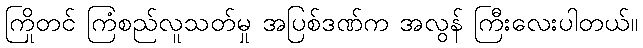
ကြိုတင် ကြံစည်လူသတ်မှု အပြစ်ဒဏ်က အလွန် ကြီးလေးပါတယ်။